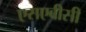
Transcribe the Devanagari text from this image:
एसएबीसी